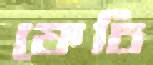
ফেচি